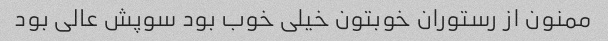
ممنون از رستوران خوبتون خیلی خوب بود سوپش عالی بود